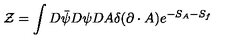
{ \cal Z } = \int D \bar { \psi } D \psi D A \delta ( \partial \cdot A ) e ^ { - S _ { A } - S _ { f } }